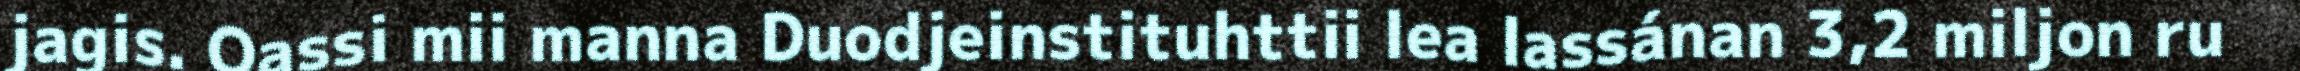
jagis. Oassi mii manna Duodjeinstituhttii lea lassánan 3,2 miljon ru